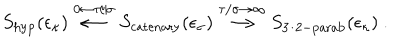
S _ { \mathrm { h y p } } ( \epsilon _ { \kappa } ) \stackrel { 0 \leftarrow \tau / \sigma } { \longleftarrow } S _ { \mathrm { c a t e n a r y } } ( \epsilon _ { \sigma } ) \stackrel { \tau / \sigma \rightarrow \infty } { \longrightarrow } S _ { \mathrm { 3 / 2 - p a r a b } } ( \epsilon _ { \kappa } ) ~ .